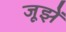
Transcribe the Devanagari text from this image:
जूझें